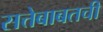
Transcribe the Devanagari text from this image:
सत्तेबाबतची